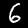
Digit: 6